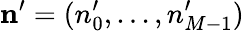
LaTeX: \mathbf{n}^{\prime}=(n_{0}^{\prime},...,n_{M-1}^{\prime})